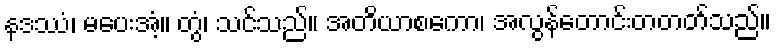
နဒဿံ၊ မပေးအံ့။ တွံ၊ သင်သည်။ အတိယာစကော၊ အလွန်တောင်းတတတ်သည်။